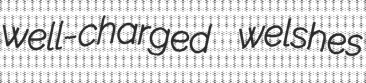
well-charged welshes